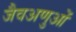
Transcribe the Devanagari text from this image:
जैवअणुओं